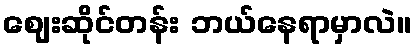
ဈေးဆိုင်တန်း ဘယ်နေရာမှာလဲ။